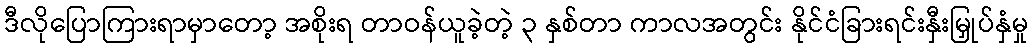
ဒီလိုပြောကြားရာမှာတော့ အစိုးရ တာဝန်ယူခဲ့တဲ့ ၃ နှစ်တာ ကာလအတွင်း နိုင်ငံခြားရင်းနှီးမြှုပ်နှံမှု